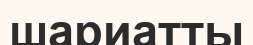
шариатты